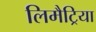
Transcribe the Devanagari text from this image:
लिमैट्रिया